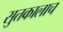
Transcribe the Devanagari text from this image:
सुतकालाच